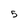
Character: 5